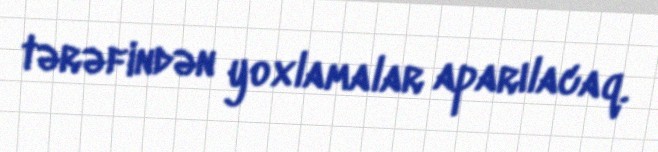
tərəfindən yoxlamalar aparılacaq.